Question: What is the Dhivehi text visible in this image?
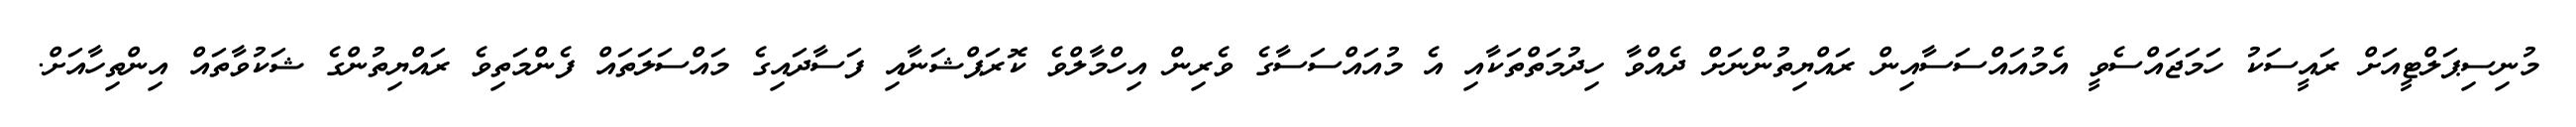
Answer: މުނިސިޕަލްޓީއަށް ރައީސަކު ހަމަޖައްސެވީ އެމުއައްސަސާއިން ރައްޔިތުންނަށް ދެއްވާ ހިދުމަތްތަކާއި އެ މުއައްސަސާގެ ވެރިން އިހްމާލްވެ ކޮރަޕްޝަނާއި ފަސާދައިގެ މައްސަލަތައް ފެންމަތިވެ ރައްޔިތުންގެ ޝަކުވާތައް އިންތިހާއަށް.